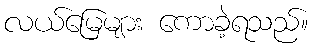
လယ်မြေများ ကောခဲ့ရသည်။